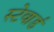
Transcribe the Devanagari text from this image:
स्टेवार्ड